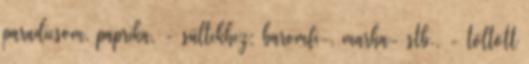
paradicsom, paprika, - sültekhez: baromfi-, marha- stb., - töltött